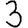
Digit: 3